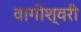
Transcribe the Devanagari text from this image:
वागीश्‍वरी